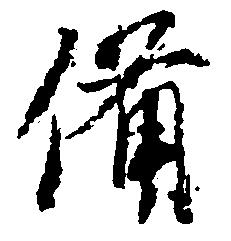
備